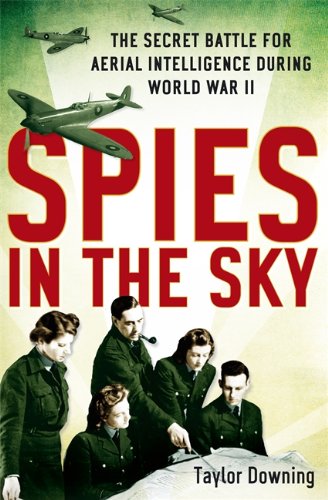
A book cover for Spies in the Sky: The Secret Battle for Aerial Intelligence During World War II; Taylor Downing; Arts & Photography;